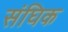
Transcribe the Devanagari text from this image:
संघिक